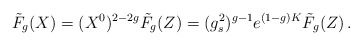
\begin{align*}\tilde{F}_g(X)=(X^0)^{2-2g}\tilde{F}_g(Z)=(g_s^2)^{g-1} e^{(1-g)K}\tilde{F}_g(Z)\, . \end{align*}